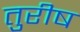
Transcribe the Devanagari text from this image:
तुरीष